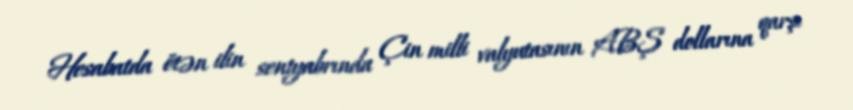
Hesabatda ötən ilin sentyabrında Çin milli valyutasının ABŞ dollarına qarşı